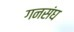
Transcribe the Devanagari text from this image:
गनसंघ